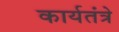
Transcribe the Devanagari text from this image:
कार्यतंत्रे